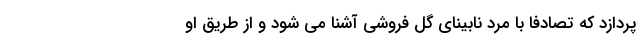
پردازد که تصادفا با مرد نابینای گل فروشی آشنا می شود و از طریق او